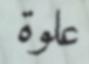
علوة